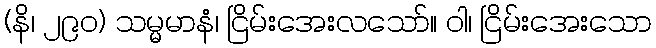
(နိ၊ ၂၉၀) သမ္မမာနံ၊ ငြိမ်းအေးလသော်။ ဝါ၊ ငြိမ်းအေးသော